Leaving Certificate Examination, 1920
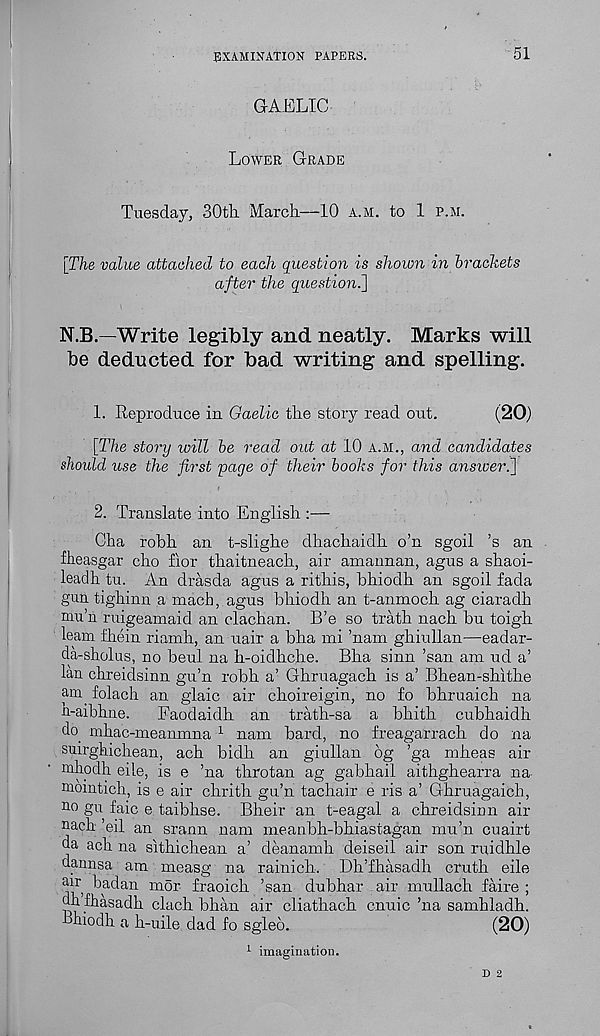
EXAMINATION PAPERS.
51
GAELIC
Lower Grade
Tuesday, 30th March—10 a.m. to 1 p.m.
[The value attached to each question is shown in brackets
after the question^]
N.B.—Write legibly and neatly. Marks will
be deducted for bad writing and spelling.
1. Reproduce in Gaelic the story read out.
(20)
[The story will be read out at 10 A.M., and candidates
should use the first page of their books for this answer ]
2. Translate into English :—
Cha robh an t-slighe dhachaidh o’n sgoil ’s an
fheasgar cho fior thaitneach, air amannan, agus a shaoi-
leadh tu. An drasda agus a rithis, bhiodh an sgoil fada
gun tighinn a macb, agus bhiodh an t-anmoch ag ciaradh
mn’n ruigeamaid an clachan. B’e so trath nach bu toigh
leam fhein riamh, an uair a bha mi ’nam ghiullan—eadar-
da-sholus, no beul na h-oidhche. Bha sinn ’san am ud a’
lan chreidsinn gu’n robh a’ Ghruagach is a’ Bhean-shithe
am folach an glaic air choireigin, no fo bhruaich na
h-aibhne.
Faodaidh an trath-sa a bhith cubhaidh
do. mhac-meanmna 1 nam bard, no freagarrach do na
smrghichean, ach bidh an giullan 6g ’ga mheas air
mhodh eile, is e ’na throtan ag gabhail aithghearra na
momtich, is e air chrith gu’n tachair e ris a’ Ghruagaich,
110 gu faic e taibhse. Bheir an t-eagal a chreidsinn air
nach ’eil an srann nam meanbh-bhiastagan mu’n cuairt
da ach na sithichean a’ deanamh deiseil air son ruidhle
dannsa am measg na rainich. Dh’fhasadh cruth eile
^ badan mor fraoich ’san dubhar air mullach faire ;
dhfhasadh clach bhan air cliathach cnuic ’na samhladh.
bliiodh a h-uile dad fo sgleo.
(20)
1 imagination.